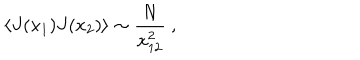
LaTeX: \langle J ( x _ { 1 } ) J ( x _ { 2 } ) \rangle \sim { \frac { N } { x _ { 1 2 } ^ { 2 } } } \ ,